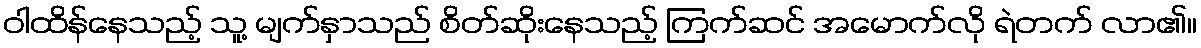
ဝါထိန်နေသည့် သူ့ မျက်နှာသည် စိတ်ဆိုးနေသည့် ကြက်ဆင် အမောက်လို ရဲတက် လာ၏။